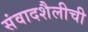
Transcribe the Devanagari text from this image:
संवादशैलीची